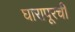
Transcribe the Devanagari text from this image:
घारापूरची